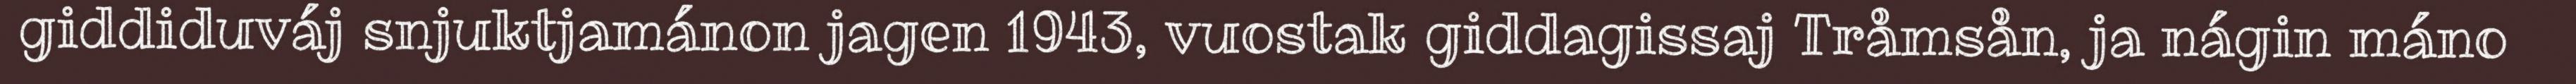
giddiduváj snjuktjamánon jagen 1943, vuostak giddagissaj Tråmsån, ja nágin máno